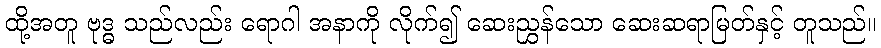
ထို့အတူ ဗုဒ္ဓ သည်လည်း ရောဂါ အနာကို လိုက်၍ ဆေးညွှန်သော ဆေးဆရာမြတ်နှင့် တူသည်။